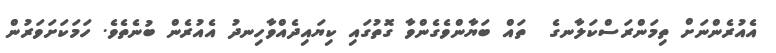
އެއުރެންނަށް ތިމަންރަސްކަލާނގެ  ތައް ބަޔާންވެގެންވާ ގޮތުގައި ކިޔައިދެއްވާހިނދު އެއުރެން ބުނެތެވެ. ހަމަކަށަވަރުން